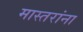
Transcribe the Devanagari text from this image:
मास्तरांना